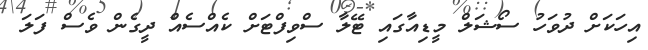
އިހަކަށް ދުވަހު ސޯޝަލް މީޑިއާގައި ޓޭލާ ސްވިފްޓަށް ކެއްސެއް ދީގެން ވެސް ފަލަ